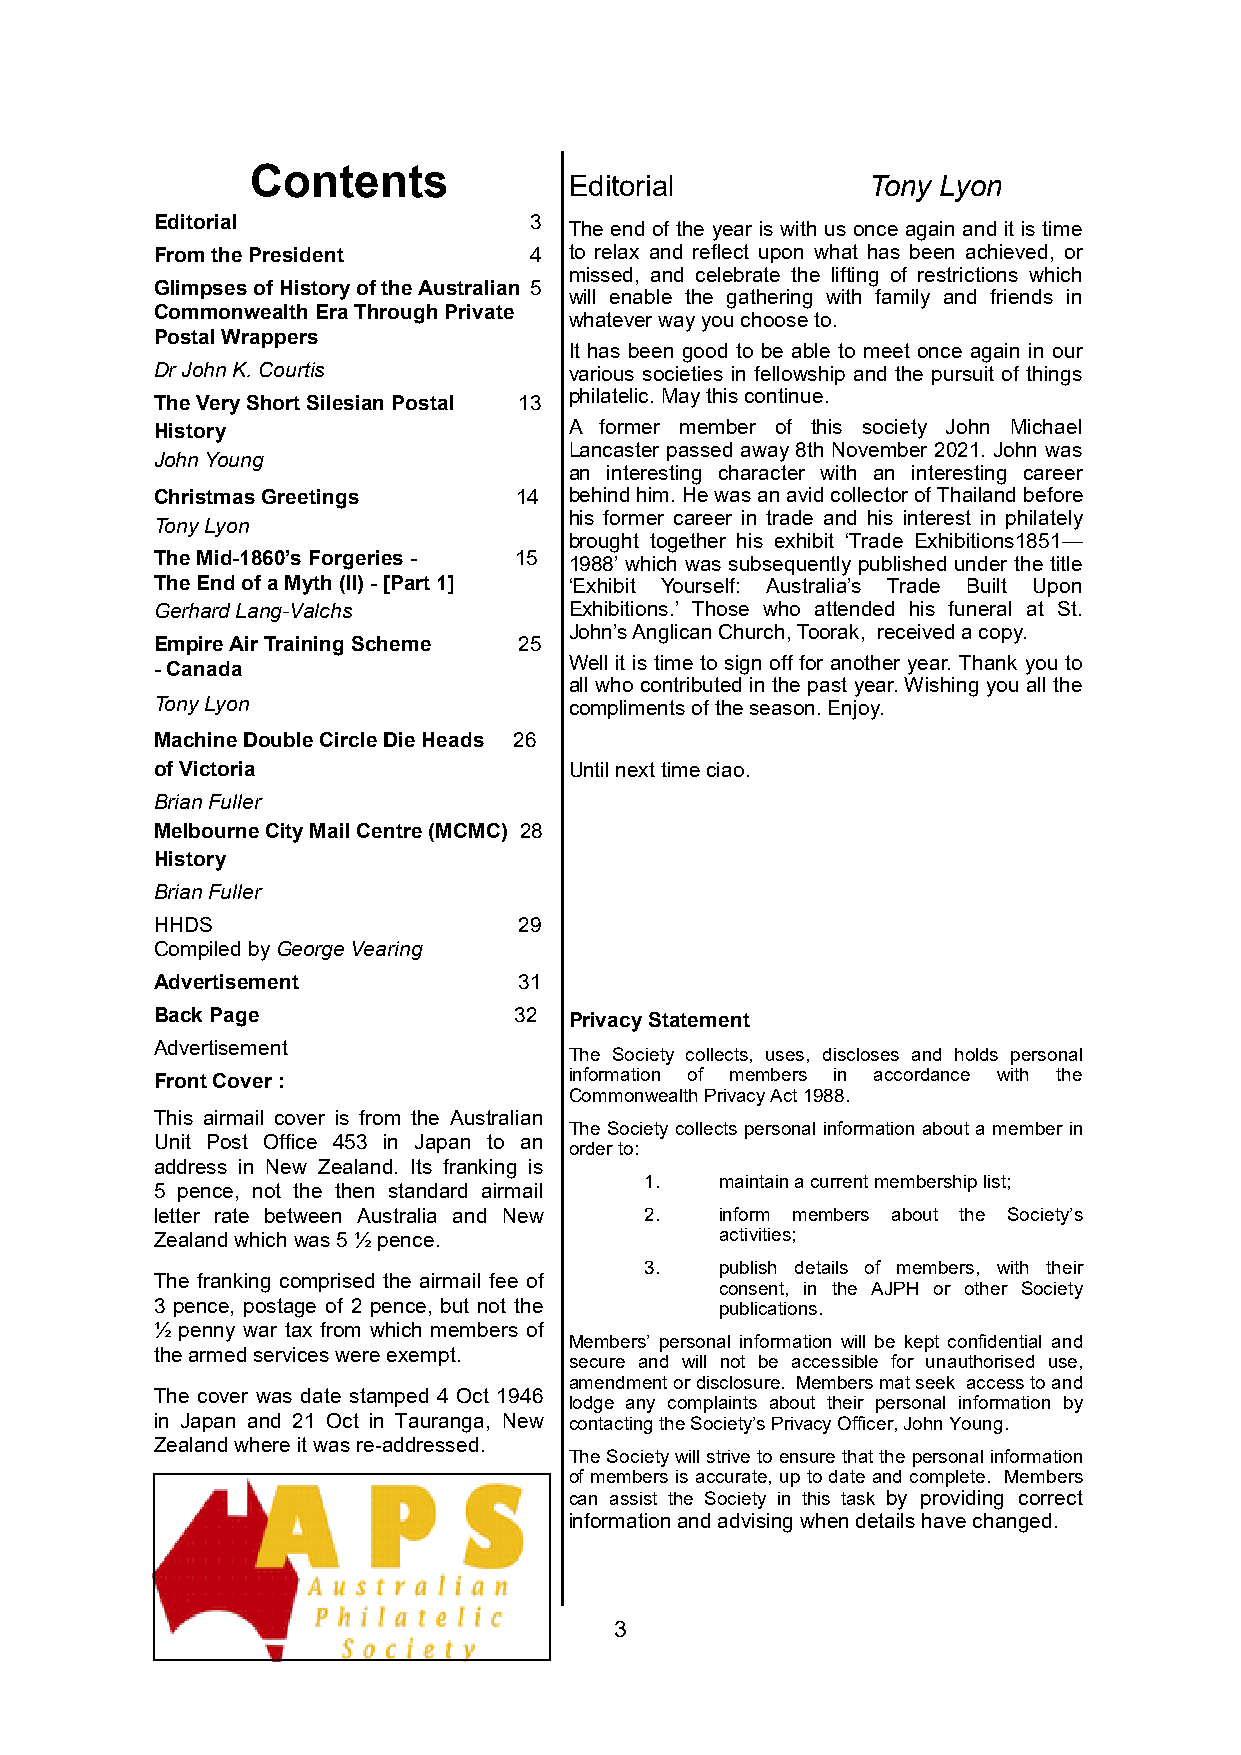
Contents
 Editorial           Tony Lyon
 Editorial                3
 The end of the year is with us once again and it is time
 FromthePresident         4  to relax and reflect upon what has been achieved, or
 missed, and celebrate the lifting of restrictions which
 GlimpsesofHistoryoftheAustralian 5
 will enable the gathering with family and friends in
 CommonwealthEraThroughPrivate
 whateverwayyouchooseto.
 PostalWrappers
 It has been good to be able to meet once again in our
 DrJohnK.Courtis             various societies in fellowship and the pursuit of things
 TheVeryShortSilesianPostal 13 philatelic.Maythiscontinue.
 History                     A former member of this society John Michael
 Lancaster passed away 8th November 2021. John was
 JohnYoung
 an interesting character with an interesting career
 ChristmasGreetings      14  behindhim.HewasanavidcollectorofThailandbefore
 his former career in trade and his interest in philately
 TonyLyon
 brought together his exhibit ‘Trade Exhibitions1851—
 TheMid-1860’sForgeries- 15  1988’which was subsequently published under the title
 TheEndofaMyth(II)-[Part1]   ‘Exhibit Yourself: Australia’s Trade Built Upon
 GerhardLang-Valchs          Exhibitions.’ Those who attended his funeral at St.
 John’sAnglicanChurch,Toorak, receivedacopy.
 EmpireAirTrainingScheme 25
 -Canada                     Well it is time to sign off for another year. Thank you to
 all who contributed in the past year.Wishing you all the
 TonyLyon                    complimentsoftheseason.Enjoy.
 MachineDoubleCircleDieHeads 26
 ofVictoria                  Untilnexttimeciao.
 BrianFuller
 MelbourneCityMailCentre(MCMC) 28
 History
 BrianFuller
 HHDS                    29
 CompiledbyGeorgeVearing
 Advertisement           31
 BackPage                32  PrivacyStatement
 Advertisement
 The Society collects, uses, discloses and holds personal
 FrontCover:                 information of members in accordance with the
 CommonwealthPrivacyAct1988.
 This airmail cover is from the Australian
 The Society collects personal information about a member in
 Unit Post Office 453 in Japan to an
 orderto:
 address in New Zealand. Its franking is
 1.   maintainacurrentmembershiplist;
 5 pence, not the then standard airmail
 letter rate between Australia and New 2. inform members about the Society’s
 Zealandwhichwas5½pence.               activities;
 3.   publish details of members, with their
 The franking comprised the airmail fee of
 consent, in the AJPH or other Society
 3 pence, postage of 2 pence, but not the publications.
 ½ penny war tax from which members of
 Members’ personal information will be kept confidential and
 thearmedserviceswereexempt.
 secure and will not be accessible for unauthorised use,
 amendmentordisclosure. Membersmatseek accesstoand
 The cover was date stamped 4 Oct 1946
 lodge any complaints about their personal information by
 in Japan and 21 Oct in Tauranga, New contactingtheSociety’sPrivacyOfficer,JohnYoung.
 Zealandwhereitwasre-addressed.
 TheSocietywillstrivetoensurethatthepersonalinformation
 of members is accurate, up to date and complete. Members
 can assist the Society in this task by providing correct
 informationandadvisingwhendetailshavechanged.
 3